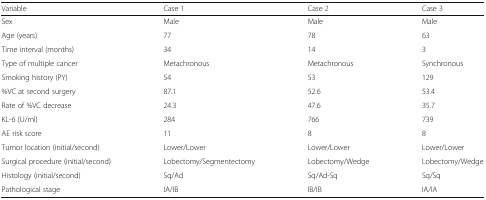
| Variable | Case 1 | Case 2 | Case 3 |
 | --- | --- | --- | --- |
 | Sex | Male | Male | Male |
 | Age (years) | 77 | 78 | 63 |
 | Time interval (months) | 34 | 14 | 3 |
 | Type of multiple cancer | Metachronous | Metachronous | Synchronous |
 | Smoking history (PY) | 54 | 53 | 129 |
 | %VC at second surgery | 87.1 | 52.6 | 53.4 |
 | Rate of %VC decrease | 24.3 | 47.6 | 35.7 |
 | KL-6 (U/ml) | 284 | 766 | 739 |
 | AE risk score | 11 | 8 | 8 |
 | Tumor location (initial/second) | Lower/Lower | Lower/Lower | Lower/Lower |
 | Surgical procedure (initial/second) | Lobectomy/Segmentectomy | Lobectomy/Wedge | Lobectomy/Wedge |
 | Histology (initial/second) | Sq/Ad | Sq/Ad-Sq | Sq/Sq |
 | Pathological stage | IA/IB | IB/IB | IA/IA |